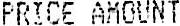
PRICE AMOUNT